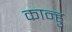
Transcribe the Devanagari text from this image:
कान्हु